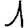
Digit: 1